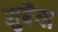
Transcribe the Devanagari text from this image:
सुबैया